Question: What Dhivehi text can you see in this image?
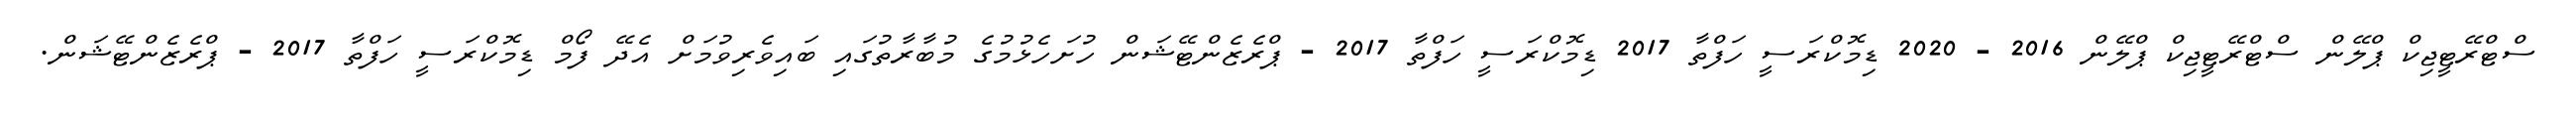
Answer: ސްޓްރޭޓީޖިކް ޕްލޭން ސްޓްރޭޓީޖިކް ޕްލޭން 2016 - 2020 ޑިމޮކްރަސީ ހަފްތާ 2017 ޑިމޮކްރަސީ ހަފްތާ 2017 - ޕްރެޒެންޓޭޝަން ހުށަހެޅުމުގެ މުބާރާތުގައި ބައިވެރިވުމަށް އެދޭ ފޯމް ޑިމޮކްރަސީ ހަފްތާ 2017 - ޕްރެޒެންޓޭޝަން.